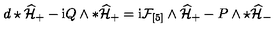
d \star \widehat { \mathcal { H } } _ { + } - \mathrm { i } Q \wedge * \widehat { \mathcal { H } } _ { + } = \mathrm { i } \mathcal { F } _ { [ 5 ] } \wedge \widehat { \mathcal { H } } _ { + } - P \wedge \star \widehat { \mathcal { H } } _ { - }